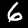
Label: 6